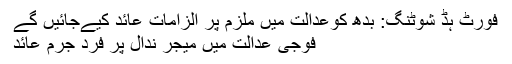
فورٹ ہُڈ شوٹنگ: بدھ کوعدالت میں ملزم پر الزامات عائد کیےجائیں گے
فوجی عدالت میں میجر ندال پر فردِ جرم عائد